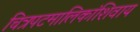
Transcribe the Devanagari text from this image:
चित्रपटमालिकांशिवाय